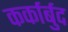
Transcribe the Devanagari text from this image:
कर्कार्बुद